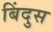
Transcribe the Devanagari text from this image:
बिंदुस